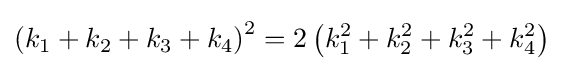
\left(k_{1}+k_{2}+k_{3}+k_{4}\right)^{2}=2\left(k_{1}^{2}+k_{2}^{2}+k_{3}^{2}+k_{4}^{2}\right)